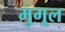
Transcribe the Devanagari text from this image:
मुगूल